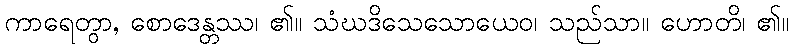
ကာရေတွာ, စောဒေန္တဿ၊ ၏။ သံဃဒိသေသောယေဝ၊ သည်သာ။ ဟောတိ၊ ၏။